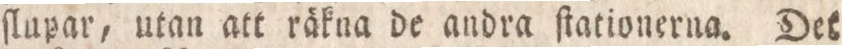
ſlupar, utan att räkna de andra ſtationerna. Det